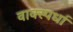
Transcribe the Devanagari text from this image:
वाक्स्पर्धा